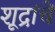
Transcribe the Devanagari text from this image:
शूद्रांचें